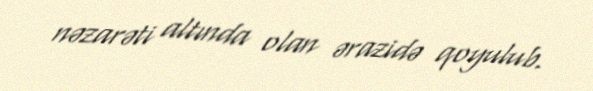
nəzarəti altında olan ərazidə qoyulub.